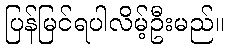
ပြန်မြင်ရပါလိမ့်ဦးမည်။